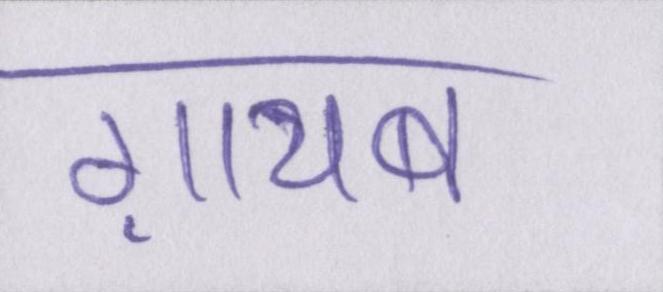
ग़ायब